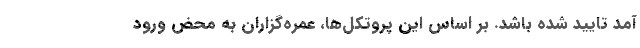
آمد تایید شده باشد. بر اساس این پروتکل‌ها، عمره‌گزاران به محض ورود